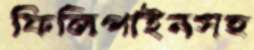
ফিলিপাইনসহ